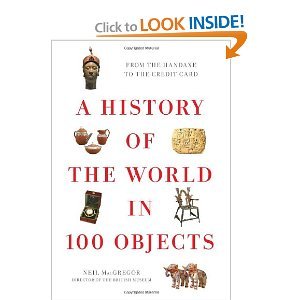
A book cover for A History of the World in 100 Objects BYMacGregor; MacGregor; Science & Math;